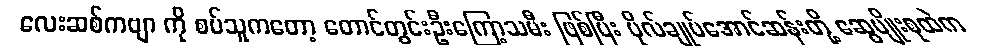
လေးဆစ်ကဗျာ ကို စပ်သူကတော့ တောင်တွင်းဦးကြော့သမီး ဖြစ်ပြီး ဗိုလ်ချုပ်အောင်ဆန်းတို့ ဆွေမျိုးစုထဲက